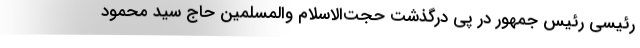
رئیسی رئیس جمهور در پی درگذشت حجت‌الاسلام والمسلمین حاج سید محمود